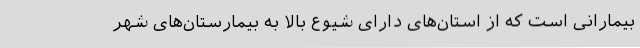
بیمارانی است که از استان‌های دارای شیوع بالا به بیمارستان‌های شهر